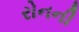
રોનની